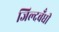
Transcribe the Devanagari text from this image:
जिल्दबँधी